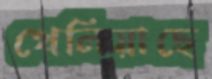
খেলিয়াছে